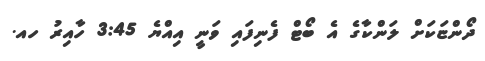
ދޯންޏަކަށް ލަންކާގެ އެ ބޯޓް ފެނިފައި ވަނީ އިއްޔެ 3:45 ހާއިރު ހއ.